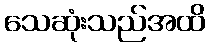
သေဆုံးသည်အထိ